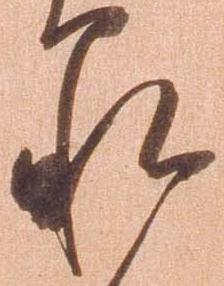
承